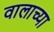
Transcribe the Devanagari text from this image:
वालाच्या